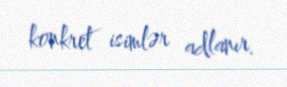
konkret isimlər adlanır.